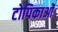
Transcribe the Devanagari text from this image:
टोपिकाओं